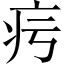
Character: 疞